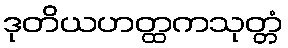
ဒုတိယဟတ္ထကသုတ္တံ